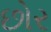
છોર